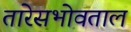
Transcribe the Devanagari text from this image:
तारेसभोवताल